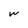
Character: W